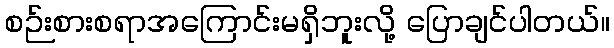
စဉ်းစားစရာအကြောင်းမရှိဘူးလို့ ပြောချင်ပါတယ်။